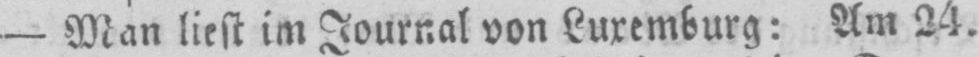
- Man liest im Journal von Luxemburg: Am 24.